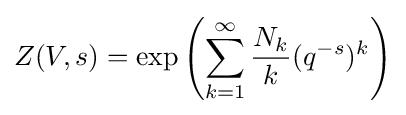
Z(V,s)=\exp \left(\sum _{k=1}^{\infty }{\frac {N_{k}}{k}}(q^{-s})^{k}\right)